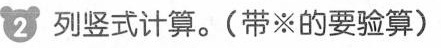
②列竖式计算。(带※的要验算)